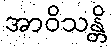
အာဝိသန္တိ